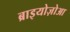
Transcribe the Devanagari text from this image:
ब्राइयोज़ोआ